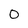
Character: 0